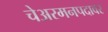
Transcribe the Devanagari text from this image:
चेअरमनपदावर